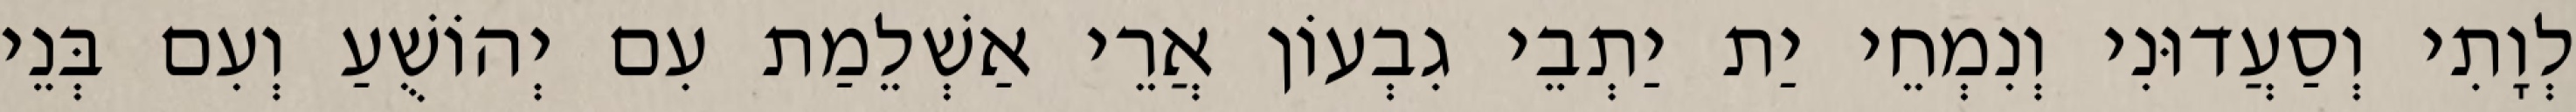
לְוָתִי וְסַעֲדוּנִי וְנִמְחֵי יַת יַתְבֵי גִבְעוֹן אֲרֵי אַשְׁלֵמַת עִם יְהוֹשֻׁעַ וְעִם בְּנֵי